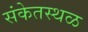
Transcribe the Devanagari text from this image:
संकेतस्‍थळ